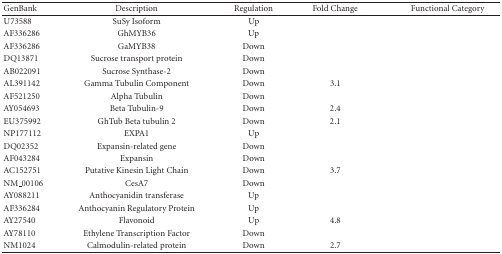
<table><thead><tr><td><b>GenBank</b></td><td><b>Description</b></td><td><b>Regulation</b></td><td><b>Fold Change</b></td><td><b>Functional Category</b></td></tr></thead><tbody><tr><td>U73588</td><td>SuSy Isoform</td><td>Up</td><td>[EMPTY_CELL]</td><td>[EMPTY_CELL]</td></tr><tr><td>AF336286</td><td>GhMYB36</td><td>Up</td><td>[EMPTY_CELL]</td><td>[EMPTY_CELL]</td></tr><tr><td>AF336286</td><td>GaMYB38</td><td>Down</td><td>[EMPTY_CELL]</td><td>[EMPTY_CELL]</td></tr><tr><td>DQ13871</td><td>Sucrose transport protein</td><td>Down</td><td>[EMPTY_CELL]</td><td>[EMPTY_CELL]</td></tr><tr><td> AB022091</td><td>Sucrose Synthase-2</td><td>Down</td><td>[EMPTY_CELL]</td><td>[EMPTY_CELL]</td></tr><tr><td>AL391142</td><td>Gamma Tubulin Component</td><td>Down</td><td>3.1</td><td>[EMPTY_CELL]</td></tr><tr><td>AF521250</td><td>Alpha Tubulin</td><td>Down</td><td>[EMPTY_CELL]</td><td>[EMPTY_CELL]</td></tr><tr><td>AY054693</td><td>Beta Tubulin-9</td><td>Down</td><td>2.4</td><td>[EMPTY_CELL]</td></tr><tr><td>EU375992</td><td>GhTub Beta tubulin 2</td><td>Down</td><td>2.1</td><td>[EMPTY_CELL]</td></tr><tr><td>NP177112</td><td>EXPA1</td><td>Up</td><td>[EMPTY_CELL]</td><td>[EMPTY_CELL]</td></tr><tr><td>DQ02352</td><td>Expansin-related gene</td><td>Down</td><td>[EMPTY_CELL]</td><td>[EMPTY_CELL]</td></tr><tr><td>AF043284</td><td>Expansin</td><td>Down</td><td>[EMPTY_CELL]</td><td>[EMPTY_CELL]</td></tr><tr><td>AC152751</td><td>Putative Kinesin Light Chain</td><td>Down</td><td>3.7</td><td>[EMPTY_CELL]</td></tr><tr><td>NM_00106</td><td>CesA7</td><td>Down</td><td>[EMPTY_CELL]</td><td>[EMPTY_CELL]</td></tr><tr><td>AY088211</td><td>Anthocyanidin transferase</td><td>Up</td><td>[EMPTY_CELL]</td><td>[EMPTY_CELL]</td></tr><tr><td>AF336284</td><td>Anthocyanin Regulatory Protein</td><td>Up</td><td>[EMPTY_CELL]</td><td>[EMPTY_CELL]</td></tr><tr><td>AY27540</td><td>Flavonoid</td><td>Up</td><td>4.8</td><td>[EMPTY_CELL]</td></tr><tr><td>AY78110</td><td>Ethylene Transcription Factor</td><td>Down</td><td>[EMPTY_CELL]</td><td>[EMPTY_CELL]</td></tr><tr><td>NM1024</td><td>Calmodulin-related protein</td><td>Down</td><td>2.7</td><td>[EMPTY_CELL]</td></tr></tbody></table>